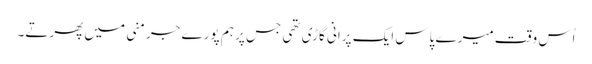
اُس وقت میرے پاس ایک پرانی گاڑی تھی جس پر ہم پورے جرمنی میں پھرتے۔